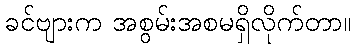
ခင်ဗျားက အစွမ်းအစမရှိလိုက်တာ။